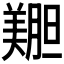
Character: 𫅝